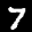
Label: 7